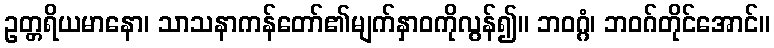
ဥတ္တရိယမာနော၊ သာသနာကန်တော်၏မျက်နှာဝကိုလွန်၍။ ဘဝဂ္ဂံ၊ ဘဝဂ်တိုင်အောင်။